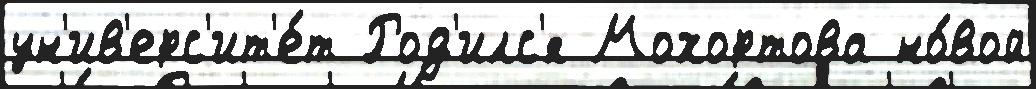
ун'ив'ерс'ит'е́т Род'илс'я Мохортова но́вой